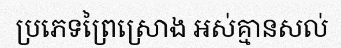
ប្រភេទព្រៃស្រោង អស់គ្មានសល់